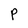
Character: P